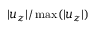
| u _ { z } | / \operatorname* { m a x } ( | u _ { z } | )